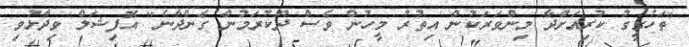
"ތަހުގީގު ކުރިއަށްދާ މިންވަރަކުން އިތުރު މީހުން ވެސް ދޫކުރަމުން ގެންދާނެ" އޮފިޝަލް ވިދާޅުވި